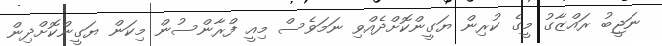
ނަޖީބު ރައްޒާގު މީގެ ކުރިން ޔަގީންކޮށްދެއްވި ނަމަވެސް މިއީ ފްރާންސުން މިކަން ޔަގީންކޮށްދިން